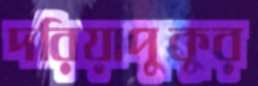
দরিয়াপুকুর